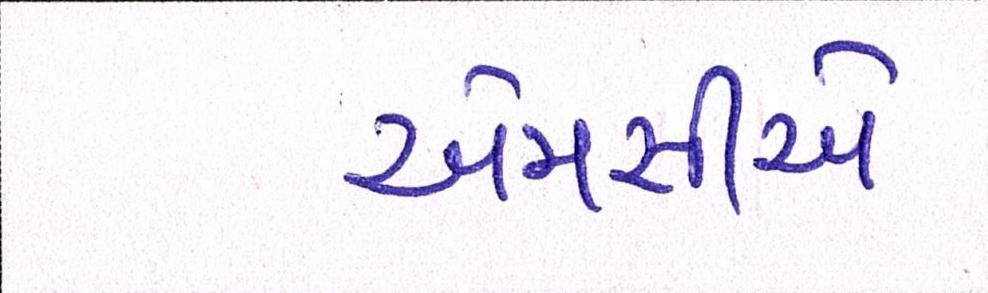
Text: એમસીએ